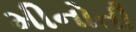
મીનોતી